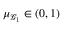
\mu _ { \mathcal { G } _ { 1 } } \in ( 0 , 1 )